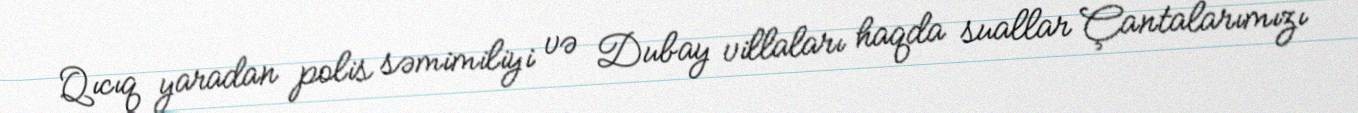
Qıcıq yaradan polis səmimiliyi və Dubay villaları haqda suallar Çantalarımızı